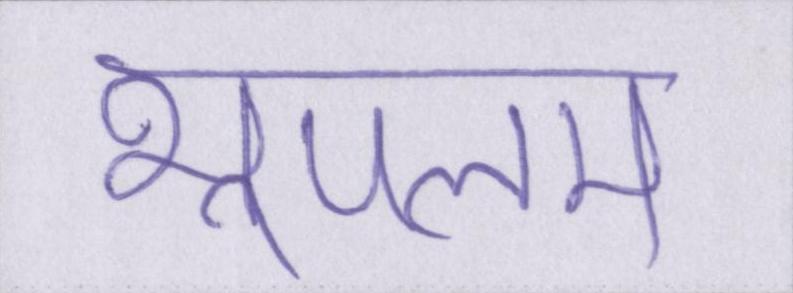
भूपलम